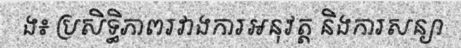
ង៖ ប្រសិទ្ធិភាពរវាងការអនុវត្ត និងការសន្យា